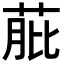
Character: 𦱔